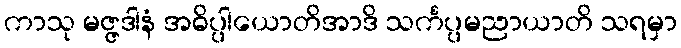
ကာသု မဇ္ဇဒါနံ အဓိပ္ပါယောတိအာဒိ သင်္ကပ္ပမညာယာတိ သရမှာ